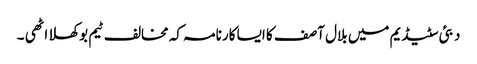
دبئی سٹیڈیم میں بلال آصف کا ایسا کارنامہ کہ مخالف ٹیم بوکھلا اٹھی ۔